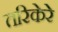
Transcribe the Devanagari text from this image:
तरिकेरे